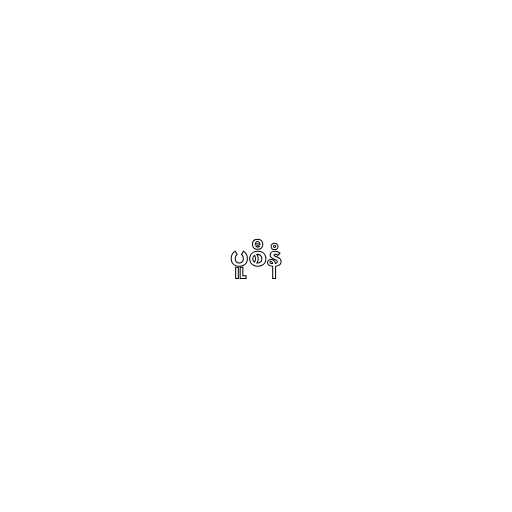
ပူစီနံ